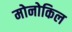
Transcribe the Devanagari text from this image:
मोनोकिल